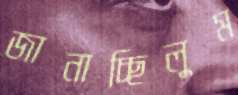
জানাচ্ছিলুম